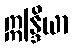
ဣန္ဒြိယာ